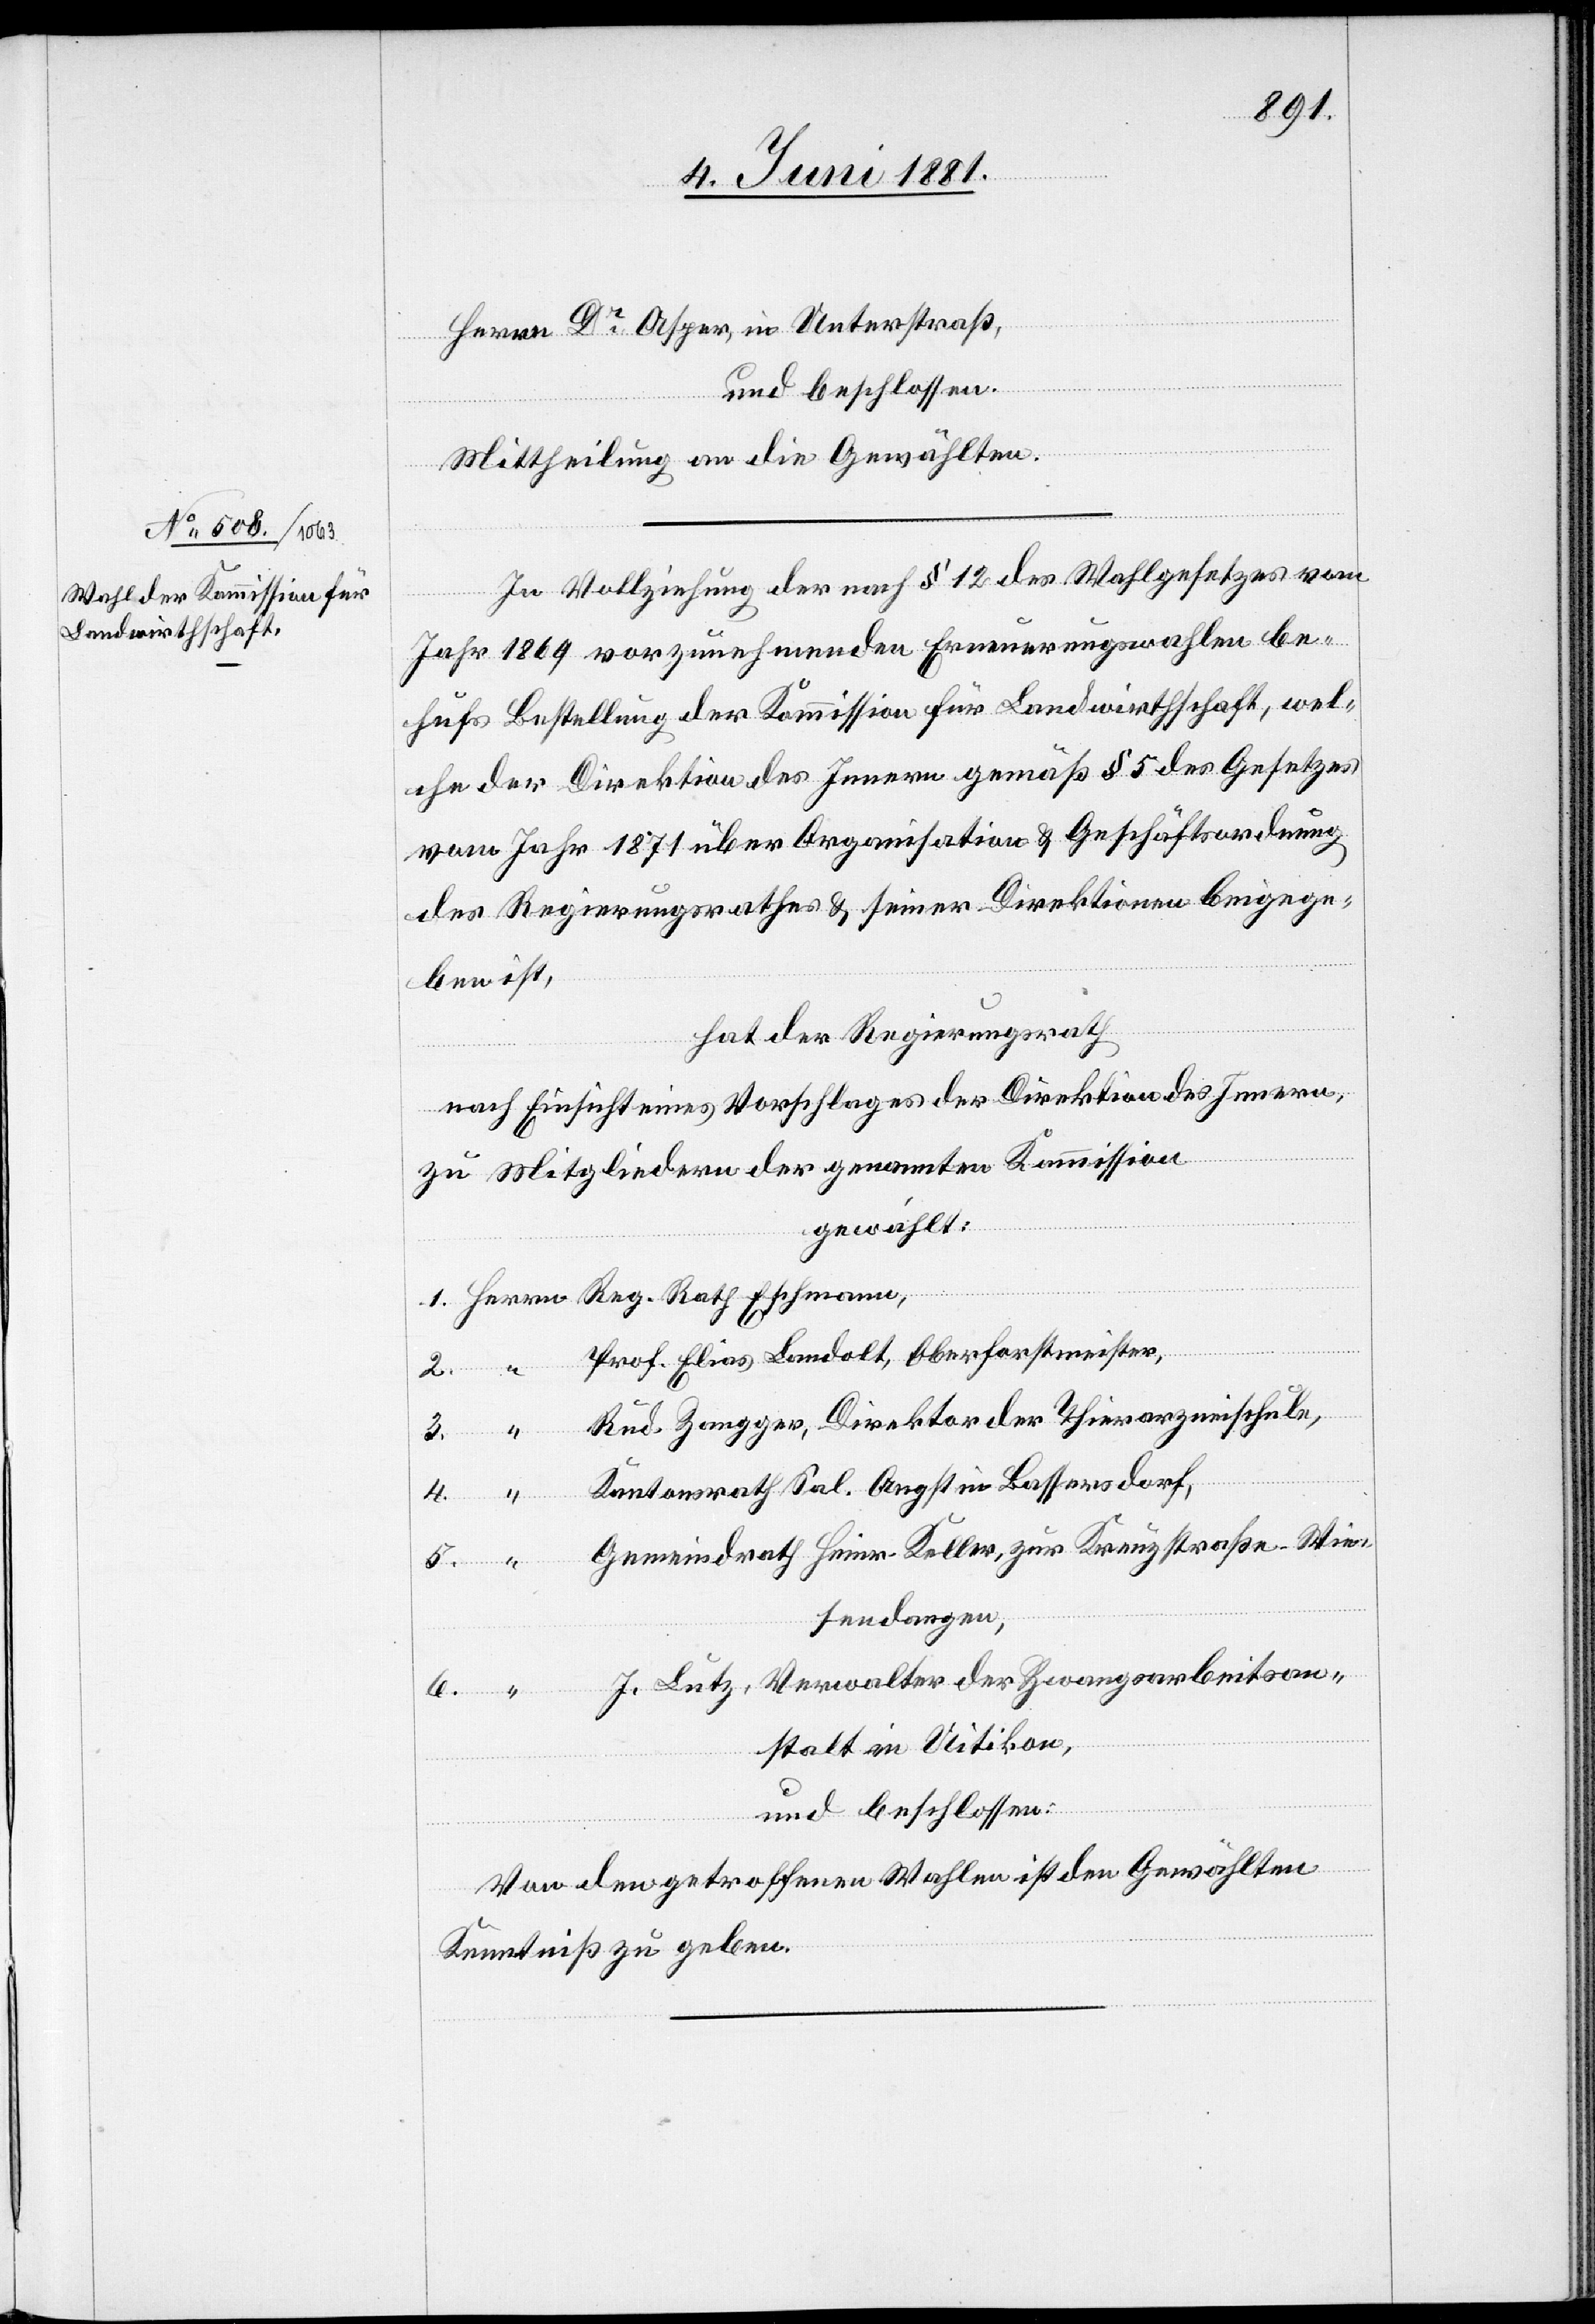
Rath

Herrn Dr Asper, in Unterstraß,
und beschlossen:
Mittheilung an die Gewählten.
In Vollziehung der nach § 12 des Wahlgesetzes vom
“
Jahr 1869 vorzunehmenden Erneuerungswahlen be¬
hufs Bestellung der Kommission für Landwirthschaft, wel¬
che der Direktion des Innern gemäß § 5 des Gesetzes
vom Jahr 1871 über Organisation & Geschäftsordnung
des Regierungsrathes & seiner Direktion beigege¬
ben ist,
hat der Regierungsrath
nach Einsicht eines Vorschlages der Direktion des Innern,
zu Mitgliedern der genannten Kommission
gewählt:
Prof. Elias Landolt, Oberforstmeister,
Eschmann,
Rud. Zangger, Direktor der Thierarzneischule,
Kantonsrath Sal. Angst in Bassersdorf,
Gemeindrath Heier-Koller, zur Kreuzstraße - Wie¬
sendangen,
J. Lutz, Verwalter der Zwangsarbeitsan¬
stalt in Uitikon,
und beschlossen:
Von den getroffenen Wahlen ist den Gewählten
Kenntniß zu geben.